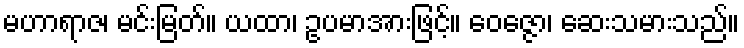
မဟာရာဇ၊ မင်းမြတ်။ ယထာ၊ ဥပမာအားဖြင့်။ ဝေဇ္ဇော၊ ဆေးသမားသည်။